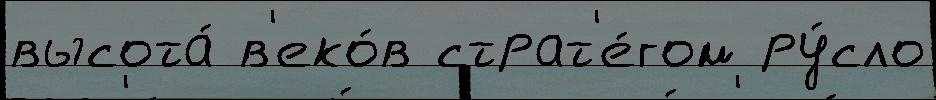
высота́ в'еко́в страт'е́гом ру́сло